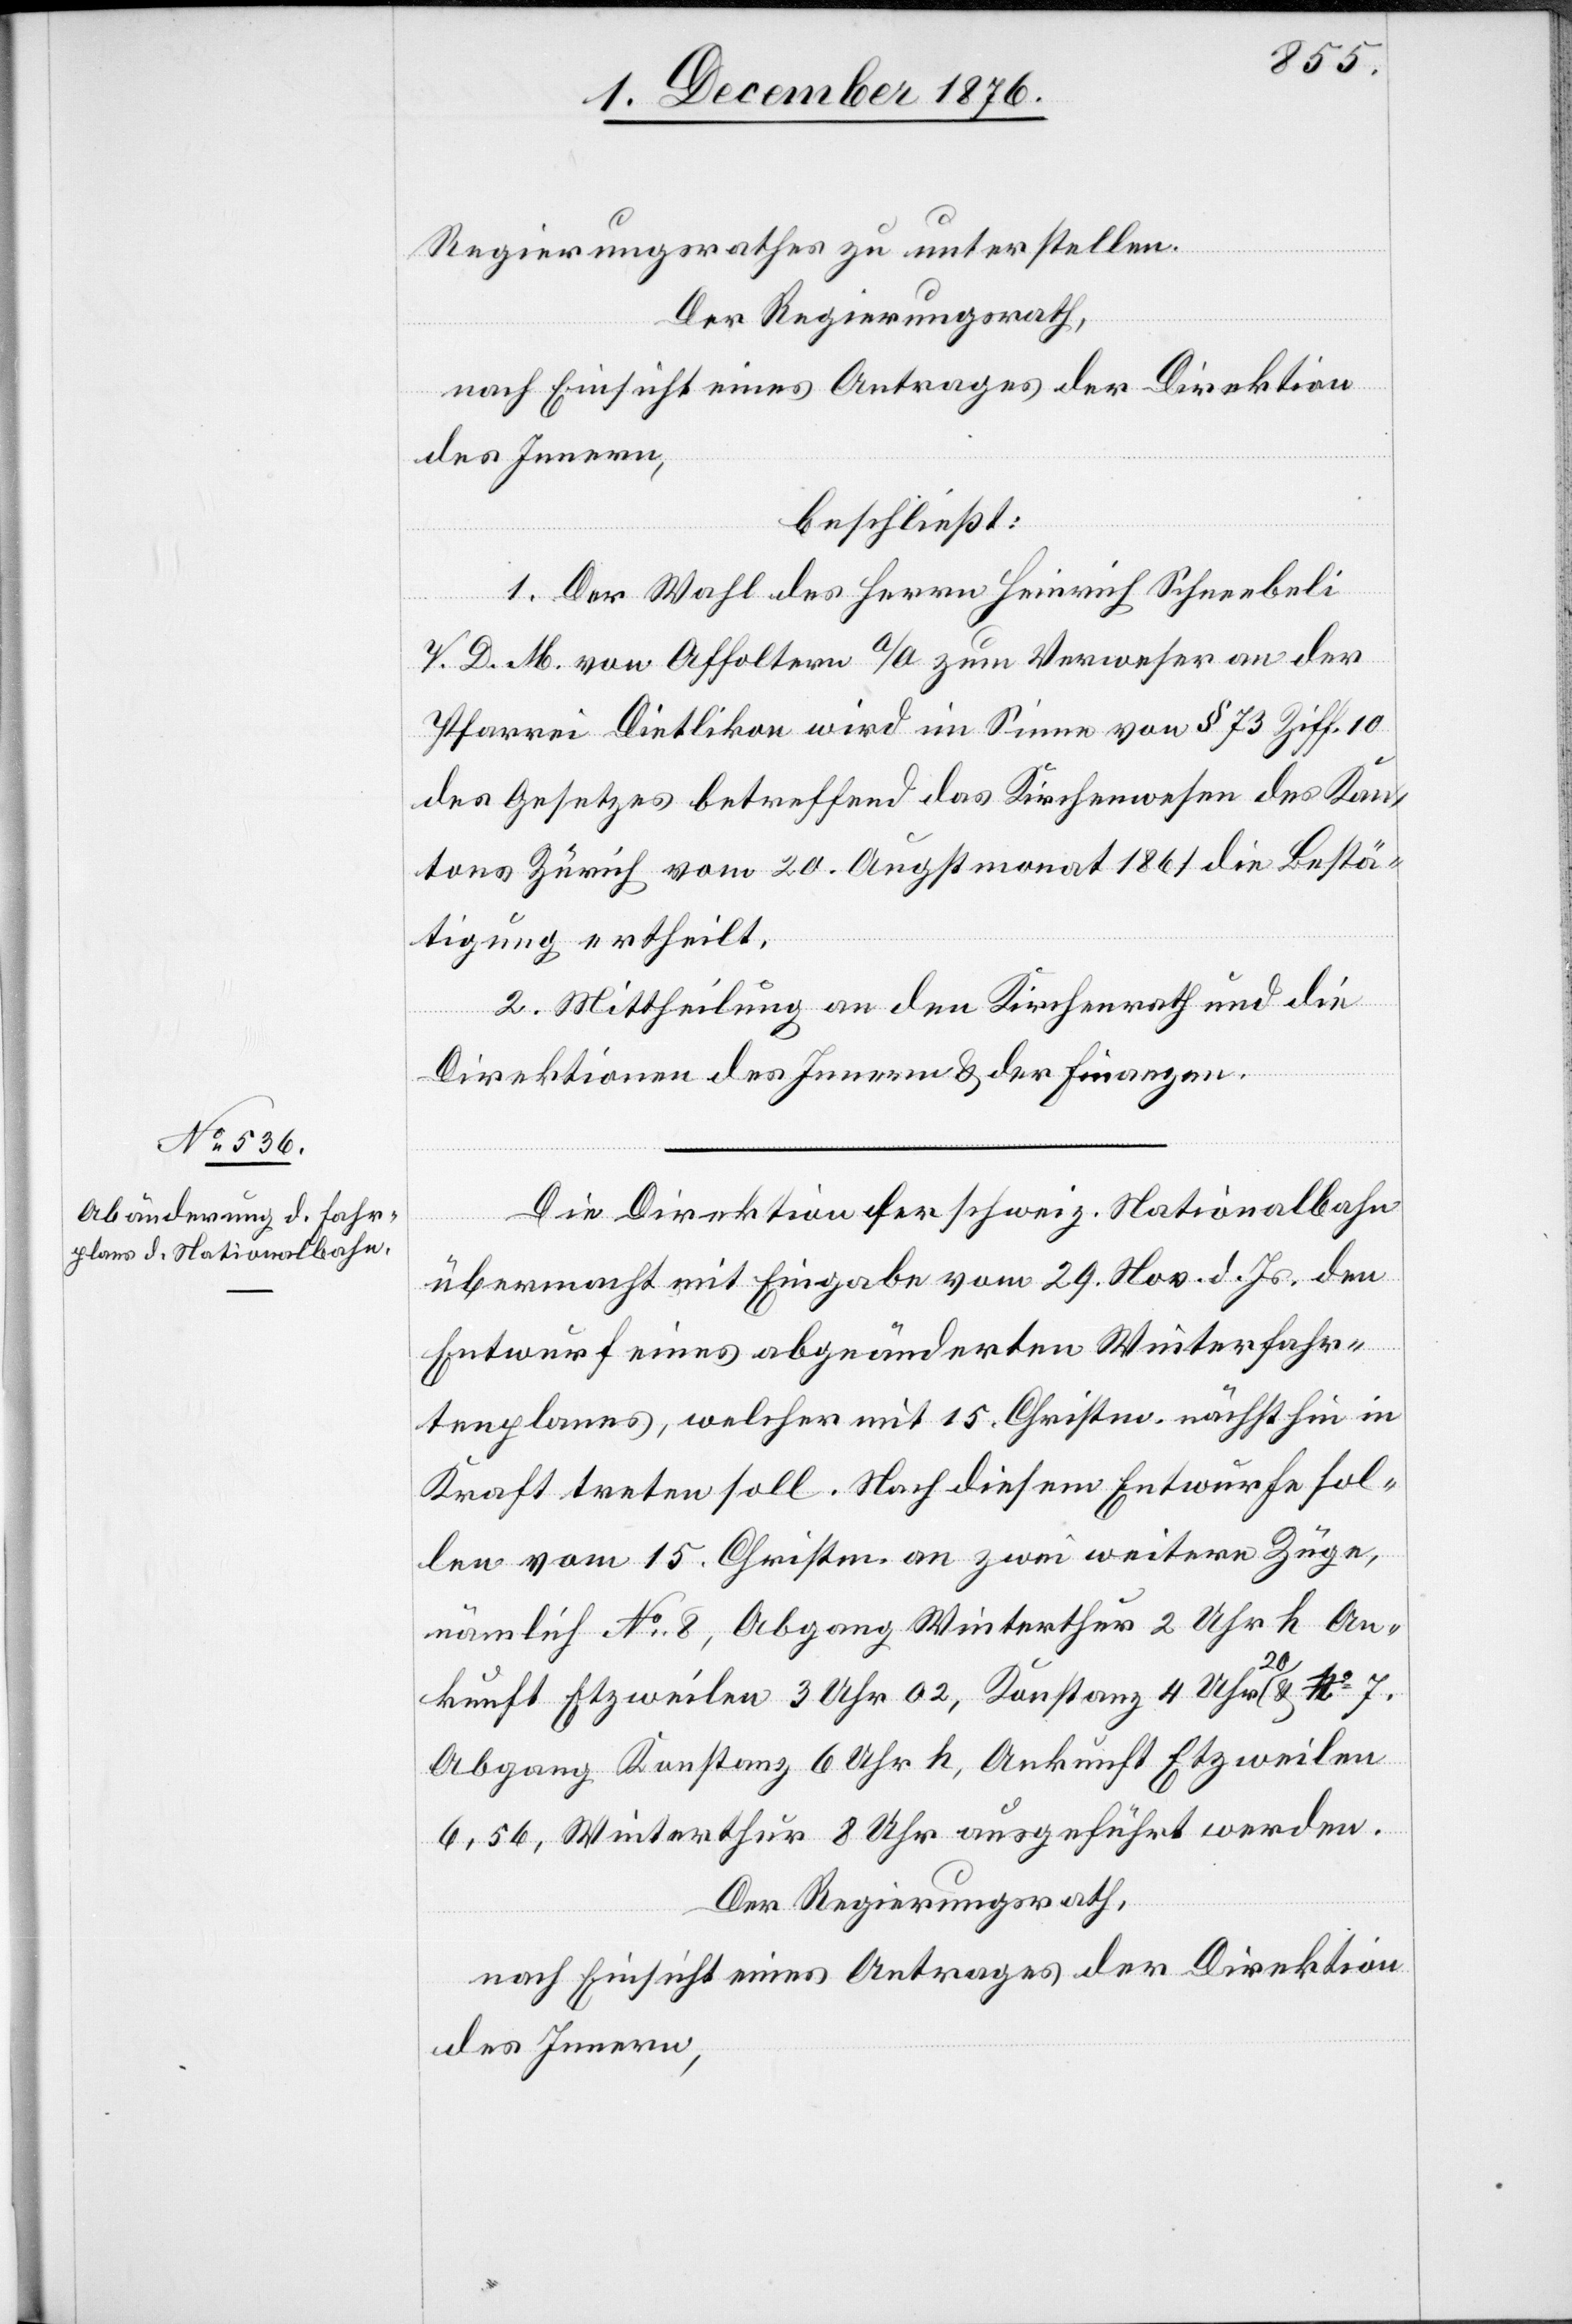
Regierungsrathes zu unterstellen.
Der Regierungsrath,
nach Einsicht eines Antrages der Direktion
des Innern,
beschließt:
1. Der Wahl des Herrn Heinrich Schneebeli
V. D. M. von Affoltern a/A. zum Verweser an der
Parrei Dietlikon wird im Sinne von § 73 Ziff. 10
des Gesetzes betreffend das Kirchenwesen des Kan¬
tons Zürich vom 20. Augstmonat 1861 die Bestä¬
tigung ertheilt.
2. Mittheilung an den Kirchenrath und die
Direktionen des Innern & der Finanzen.
Die Direktion der schweiz. Nationalbahn
übermacht mit Eingabe vom 29. Nov. d. Js. den
Entwurf eines abgeänderten Winterfahr¬
tenplanes, welcher mit 15. Christm. nächsthin in
Kraft treten soll. Nach diesem Entwurfe sol¬
len vom 15. Christm. an zwei weitere Züge,
nämlich No 8, Abgang Winterthur 2 Uhr h An¬
kunft Etzweilen 3 Uhr 02, Konstanz 4 Uhr 20 &
Abgang Konstanz 6 Uhr h, Ankunft Etzweilen
6.56, Winterthur 8 Uhr ausgeführt werden.
Der Regierungsrath,
nach Einsicht eines Antrages der Direktion
des Innern,